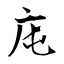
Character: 庉